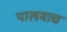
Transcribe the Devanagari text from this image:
पालमाच